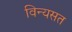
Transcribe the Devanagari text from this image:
विन्यसत